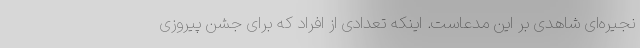
نجیره‌ای شاهدی بر این مدعاست. اینکه تعدادی از افراد که برای جشن پیروزی